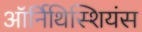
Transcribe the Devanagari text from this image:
ऑर्निथिस्शियंस